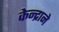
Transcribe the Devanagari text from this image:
केन्द्राने